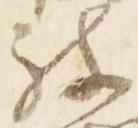
被